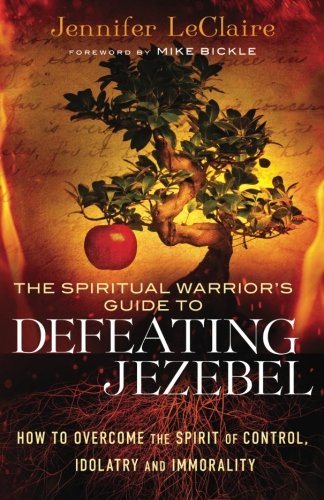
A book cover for The Spiritual Warrior's Guide to Defeating Jezebel: How to Overcome the Spirit of Control, Idolatry and Immorality; Jennifer LeClaire; Christian Books & Bibles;